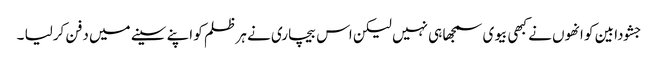
جشودا بین کو انھوں نے کبھی بیوی سمجھا ہی نہیں لیکن اس بیچاری نے ہر ظلم کو اپنے سینے میں دفن کرلیا ۔